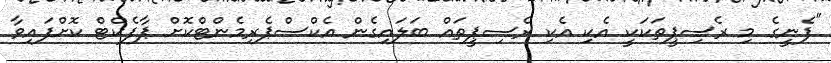
"ފެނީގެ މި ރެސިޕީތަކަކީ އެކި އެކި ރެސިޕީތައް ބަލައިގެން އެކްސްޕެރިމެންޓްކޮށް ޕާފެކްޓް ކޮށްފައިވާ